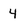
Character: 4